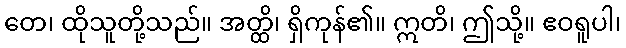
တေ၊ ထိုသူတို့သည်။ အတ္ထိ၊ ရှိကုန်၏။ ဣတိ၊ ဤသို့။ ဧဝရူပါ၊